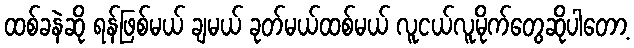
ထစ်ခနဲဆို ရန်ဖြစ်မယ် ချမယ် ခုတ်မယ်ထစ်မယ် လူငယ်လူမိုက်တွေဆိုပါတော့